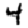
Digit: 4